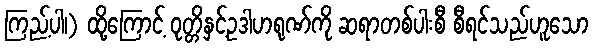
ကြည့်ပါ၊) ထို့ကြောင့် ဝုတ္တိနှင့်ဥဒါဟရုဏ်ကို ဆရာတစ်ပါးစီ စီရင်သည်ဟူသော